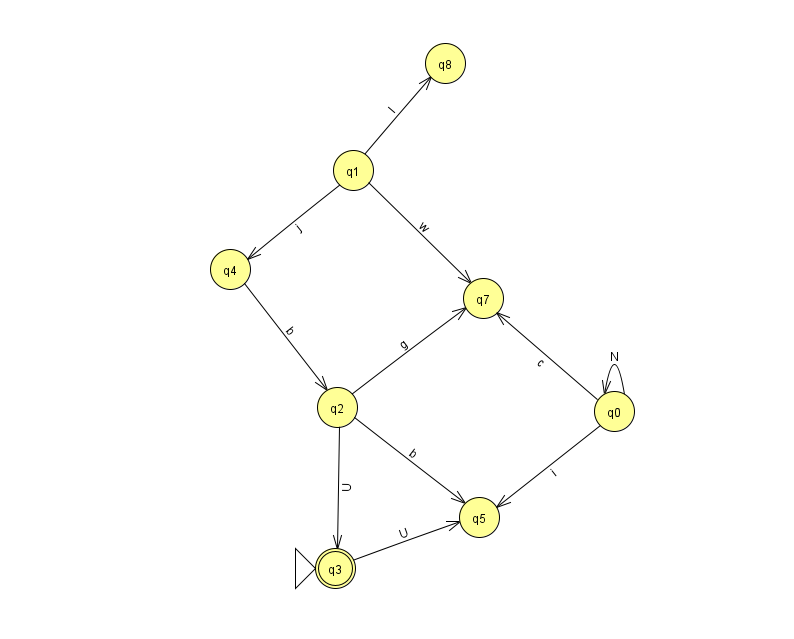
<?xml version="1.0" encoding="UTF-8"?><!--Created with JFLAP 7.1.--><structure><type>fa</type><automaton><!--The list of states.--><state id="0" name="q0"><x>614.0</x><y>398.0</y></state><state id="1" name="q1"><x>353.0</x><y>157.0</y></state><state id="2" name="q2"><x>337.0</x><y>394.0</y></state><state id="3" name="q3"><x>335.0</x><y>555.0</y><initial/><final/></state><state id="4" name="q4"><x>230.0</x><y>256.0</y></state><state id="5" name="q5"><x>479.0</x><y>504.0</y></state><state id="7" name="q7"><x>483.0</x><y>285.0</y></state><state id="8" name="q8"><x>445.0</x><y>50.0</y></state><!--The list of transitions.--><transition><from>2</from><to>7</to><read>g</read></transition><transition><from>1</from><to>7</to><read>w</read></transition><transition><from>4</from><to>2</to><read>b</read></transition><transition><from>2</from><to>3</to><read>U</read></transition><transition><from>1</from><to>8</to><read>I</read></transition><transition><from>1</from><to>4</to><read>j</read></transition><transition><from>0</from><to>5</to><read>i</read></transition><transition><from>0</from><to>7</to><read>c</read></transition><transition><from>3</from><to>5</to><read>U</read></transition><transition><from>0</from><to>0</to><read>N</read></transition><transition><from>2</from><to>5</to><read>b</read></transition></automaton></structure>